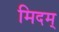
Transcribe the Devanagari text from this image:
मिदम्